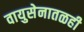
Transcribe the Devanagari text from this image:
वायुसेनातळही